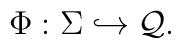
\Phi : \Sigma \hookrightarrow {\cal Q}.